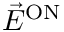
\vec { E } ^ { \mathrm { { O N } } }